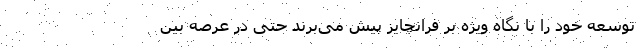
توسعه خود را با نگاه ویژه بر فرانچایز پیش می­برند حتی در عرصه بین